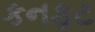
કનફટ